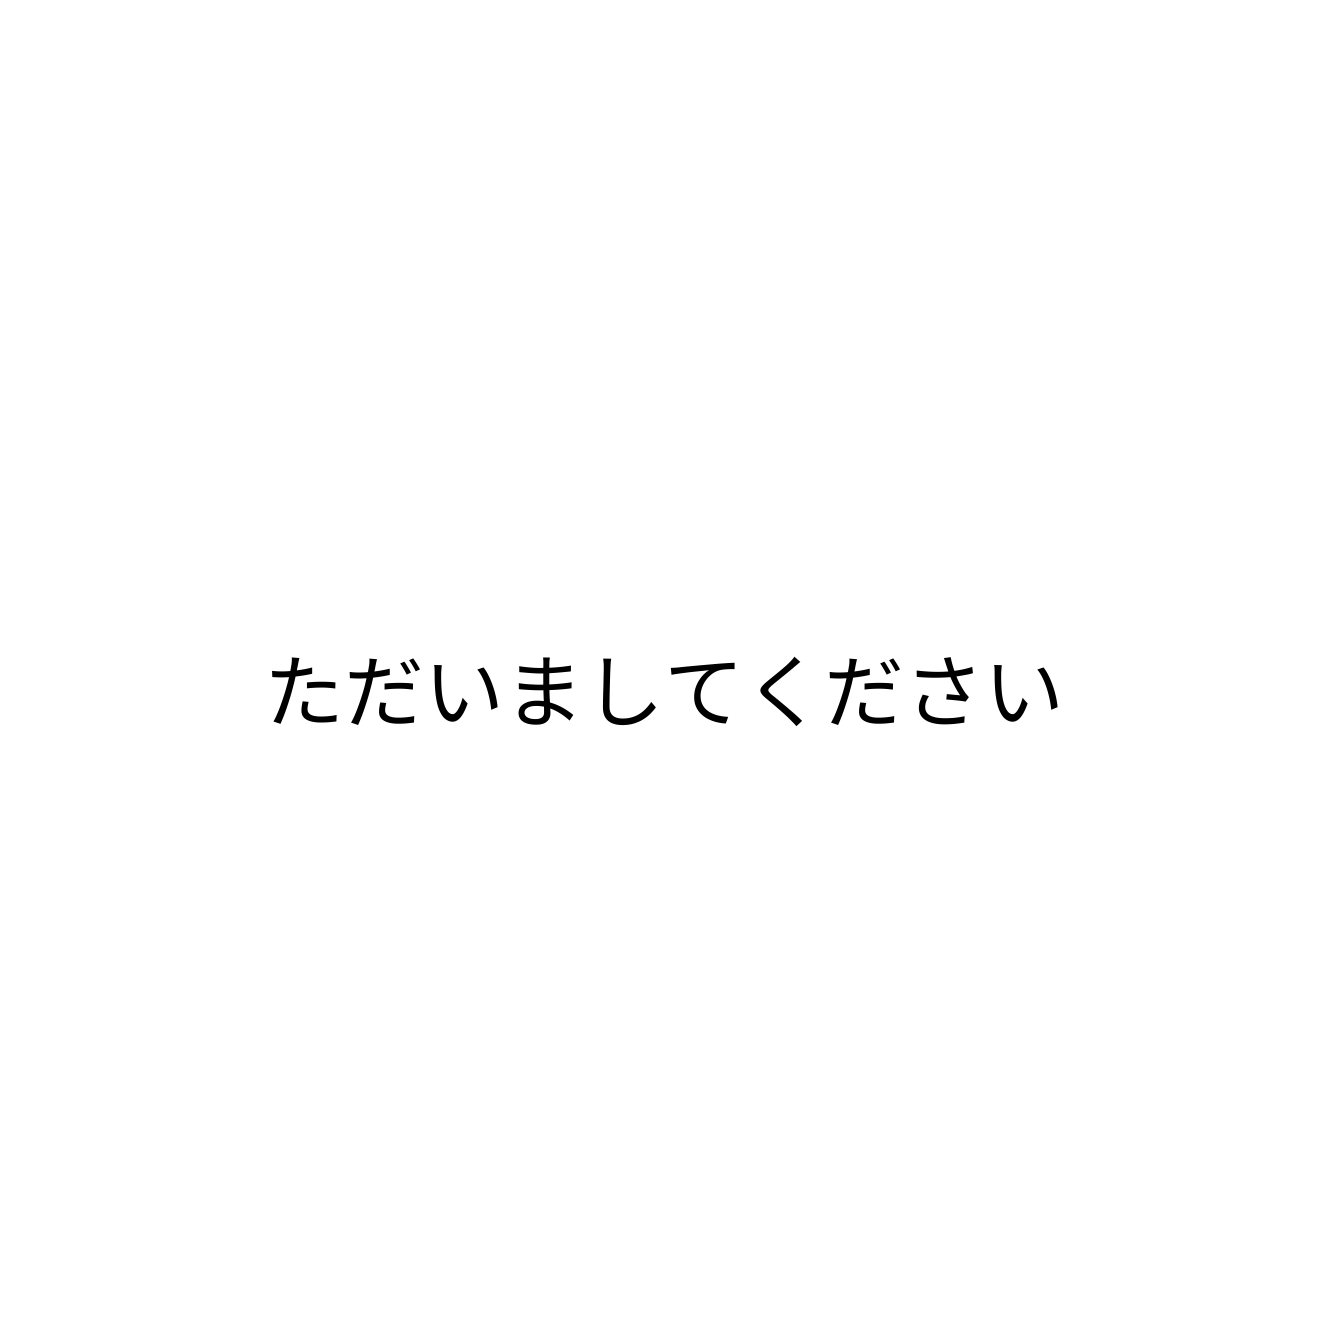
ただいましてください